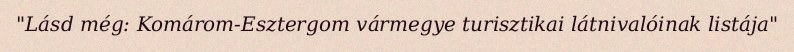
"Lásd még: Komárom-Esztergom vármegye turisztikai látnivalóinak listája"